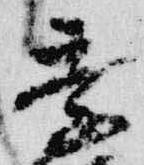
季